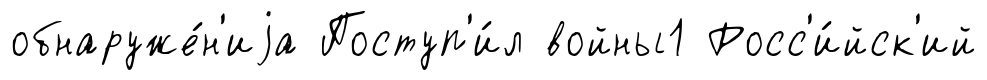
обнаруже́н'иjа Поступ'и́л войны1 Росс'и́йск'ий